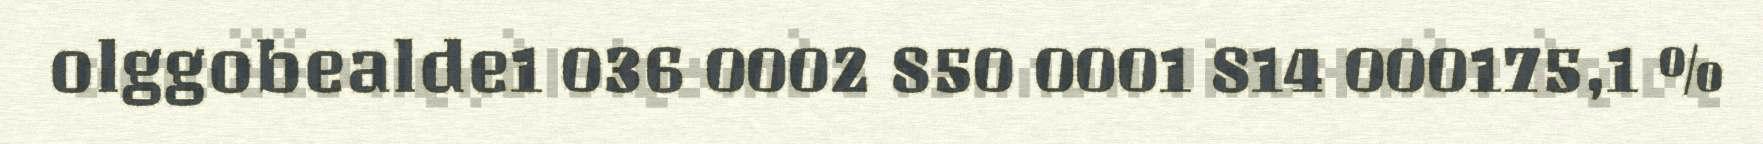
olggobealde1 036 0002 850 0001 814 000175,1 %